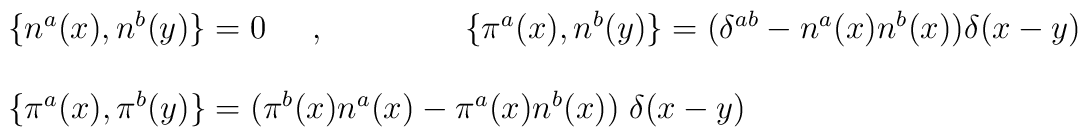
\begin{array}{l}   \{ n^{a}(x),n^{b}(y)\} =0 \;\;\;\;\; ,\;\;\;\;\;\;\;\;\;\;\;\;\;\;\;\{{\pi}^{a}(x),n^{b}(y)\}=(\delta^{ab}-n^{a}(x)n^{b}(x))\delta(x-y)\\         \\\{ {\pi}^{a}(x),{\pi}^{b}(y)\}= ({\pi}^{b}(x)n^{a}(x) -{\pi}^{a}(x)n^{b}(x))\;   \delta(x-y)      \\   \end{array}